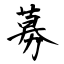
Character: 募